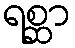
ရစ္ဆာ